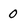
Character: 0